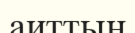
аиттың